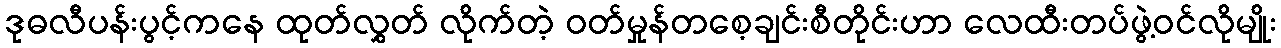
ဒုဓလီပန်းပွင့်ကနေ ထုတ်လွှတ် လိုက်တဲ့ ဝတ်မှုန်တစေ့ချင်းစီတိုင်းဟာ လေထီးတပ်ဖွဲ့ဝင်လိုမျိုး